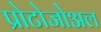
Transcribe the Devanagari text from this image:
प्रोटोजोअल